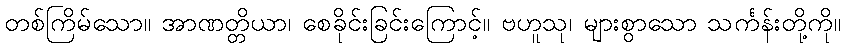
တစ်ကြိမ်သော။ အာဏတ္တိယာ၊ စေခိုင်းခြင်းကြောင့်။ ဗဟူသု၊ များစွာသော သင်္ကန်းတို့ကို။